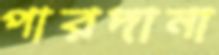
পারদানা